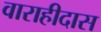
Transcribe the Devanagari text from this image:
वाराहीदास